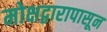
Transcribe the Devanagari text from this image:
मोक्षद्वारापासून